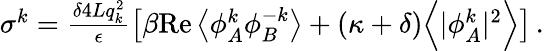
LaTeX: \begin{array}{r}{\sigma^{k}=\frac{\delta 4Lq_{k}^{2}}{\epsilon}\left[\beta\mathrm{Re}\left\langle{\phi}_{A}^{k}{\phi}_{B}^{-k}\right\rangle+(\kappa+\delta)\Big\langle\vert{\phi}_{A}^{k}\vert^{2}\Big\rangle\right]\, .}\end{array}